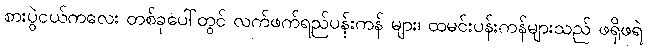
စားပွဲငယ်ကလေး တစ်ခုပေါ်တွင် လက်ဖက်ရည်ပန်းကန် များ၊ ထမင်းပန်းကန်များသည် ဖရိုဖရဲ